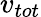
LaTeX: v_{tot}